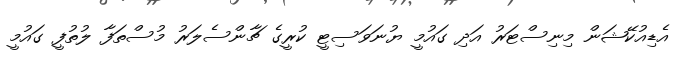
އެޑިއުކޭޝަން މިނިސްޓަރު އަދި ގައުމީ ޔުނަވަސިޓީ ކުރީގެ ޗާންސެލަރު މުސްތަފާ ލުތުފީ ގައުމީ